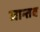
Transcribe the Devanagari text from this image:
जान्तव